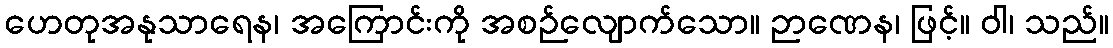
ဟေတုအနုသာရေန၊ အကြောင်းကို အစဉ်လျောက်သော။ ဉာဏေန၊ ဖြင့်။ ဝါ၊ သည်။